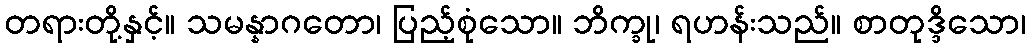
တရားတို့နှင့်။ သမန္နာဂတော၊ ပြည့်စုံသော။ ဘိက္ခု၊ ရဟန်းသည်။ စာတုဒ္ဒိသော၊